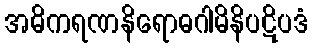
အဓိကရဏနိရောဓဂါမိနိပဋိပဒံ